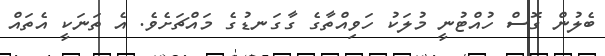
ބެލުން ގޮސް ހުއްޓުނީ މުލަކު ހަވިއްތާގެ ގާގަނޑުގެ މައްޗަށެވެ. އެ ތަނަކީ އެތައް